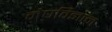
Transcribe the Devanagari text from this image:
मेघविज्ञान